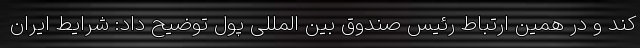
کند و در همین ارتباط رئیس صندوق بین المللی پول توضیح داد: شرایط ایران